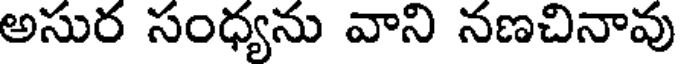
అసుర సంధ్యను వాని నణచినావు